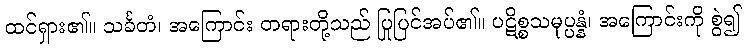
ထင်ရှား၏။ သင်္ခတံ၊ အကြောင်း တရားတို့သည် ပြုပြင်အပ်၏။ ပဋိစ္စသမုပ္ပန္နံ၊ အကြောင်းကို စွဲ၍